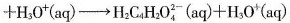
+ H _ { 2 } O ^ { + } ( a q ) \rightarrow H _ { 2 } C _ { 4 } H _ { 2 } O _ { 4 } ^ { 2 - } ( a q ) + H _{ 3 } O ^ { + } ( a q )$$